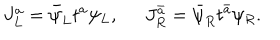
J _ { L } ^ { a } = \bar { \psi } _ { L } t ^ { a } \psi _ { L } , \; \; J _ { R } ^ { \bar { a } } = \bar { \psi } _ { R } t ^ { \bar { a } } \psi _ { R } .